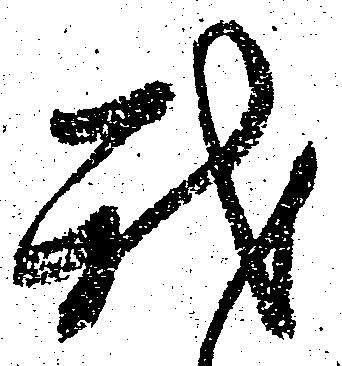
我